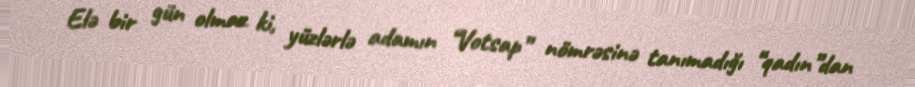
Elə bir gün olmaz ki, yüzlərlə adamın “Votsap” nömrəsinə tanımadığı “qadın”dan